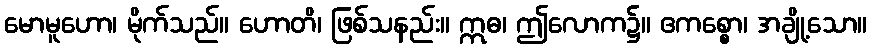
မောမူဟော၊ မိုက်သည်။ ဟောတိ၊ ဖြစ်သနည်း။ ဣဓ၊ ဤလောက၌။ ဧကစ္စော၊ အချို့သော။